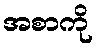
အစာကို